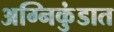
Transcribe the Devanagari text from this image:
अग्निकुंडात